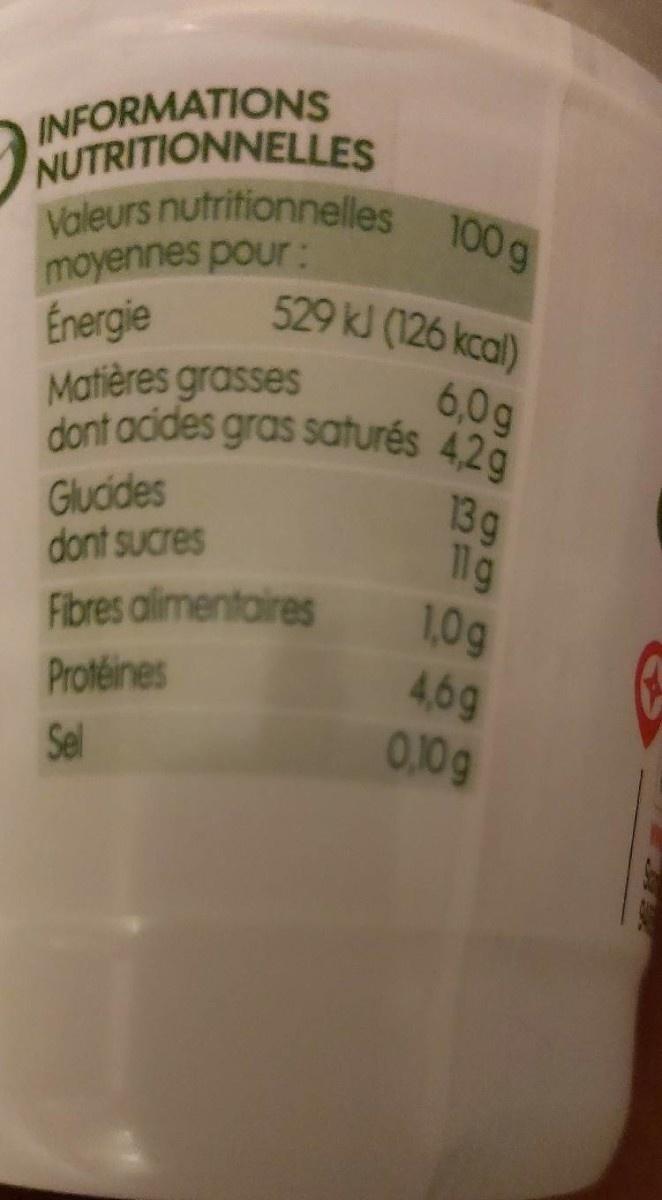
INFORMATIONS NUTRITIONNELLES Valeurs nutritionnelles 100g
moyennes pour : Energie Matières grasses
529 kJ (126 kcal)
6,0g dont acides gras saturés 4,2g 13g 1g ,0g 4,6g 0,10g
Glucides dont sucres
Fibres alimentaires
Proteines
Sel